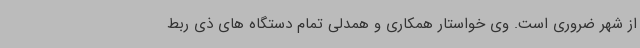
از شهر ضروری است. وی خواستار همکاری و همدلی تمام دستگاه های ذی ربط